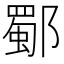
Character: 𨞕